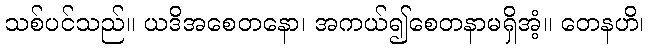
သစ်ပင်သည်။ ယဒိအစေတနော၊ အကယ်၍စေတနာမရှိအံ့။ တေနဟိ၊